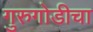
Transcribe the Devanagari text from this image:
गुरुगोडीचा